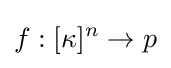
f:[\kappa ]^{n}\rightarrow p